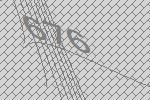
676